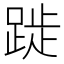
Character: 𨁾